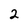
Character: 2